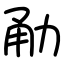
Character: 勈